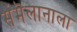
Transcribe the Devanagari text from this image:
संमॆलानाला